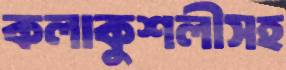
কলাকুশলীসহ